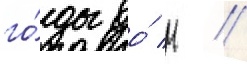
го́ды до́ н //